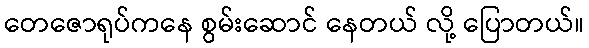
တေဇောရုပ်ကနေ စွမ်းဆောင် နေတယ် လို့ ပြောတယ်။